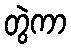
တွဲကာ